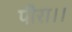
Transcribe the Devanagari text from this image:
पीरा।।